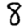
Digit: 8